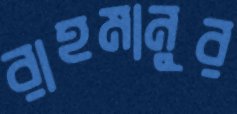
রাহমানুর